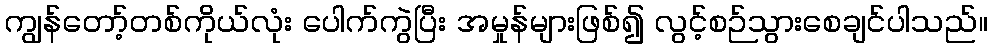
ကျွန်တော့်တစ်ကိုယ်လုံး ပေါက်ကွဲပြီး အမှုန်များဖြစ်၍ လွင့်စဉ်သွားစေချင်ပါသည်။